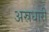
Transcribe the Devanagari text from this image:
अस्रधारी